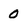
Character: 0